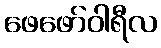
ဖေဖော်ဝါရီလ